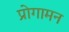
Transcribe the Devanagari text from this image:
प्रोगामन